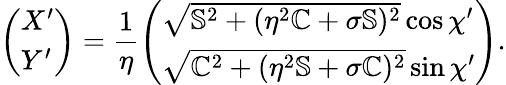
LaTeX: \left(\begin{array}{l}{X^{\prime}}\\ {Y^{\prime}}\end{array}\right)=\frac{1}{\eta}\left(\begin{array}{l}{\sqrt{\mathbb{S}^{2}+(\eta^{2}\mathbb{C}+\sigma\mathbb{S})^{2}}\cos\chi^{\prime}}\\ {\sqrt{\mathbb{C}^{2}+(\eta^{2}\mathbb{S}+\sigma\mathbb{C})^{2}}\sin\chi^{\prime}}\end{array}\right).